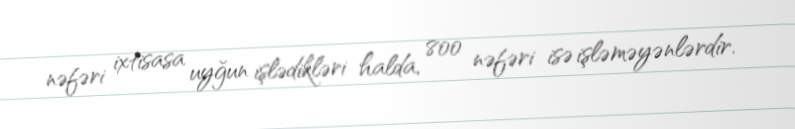
nəfəri ixtisasa uyğun işlədikləri halda, 800 nəfəri isə işləməyənlərdir.